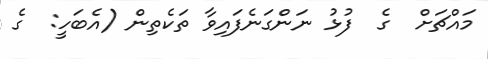
މައްޗަށް  ގެ  ފުޅު ނަންގަނެފައިވާ ތަކެތިން (އެބަހީ:  ގެ